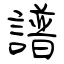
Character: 譜